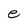
Character: e